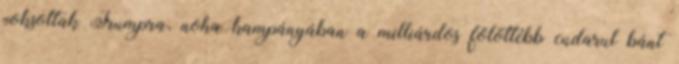
voksoltak Trumpra, noha kampányában a milliárdos fölöttébb cudarul bánt